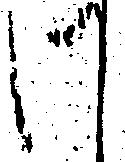
御